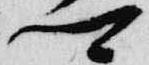
卿